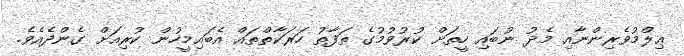
ޢިލްމުވެރިންނާއި މެދު ނުބައި ހީތަށް ކުރުވުމުގެ ތަފާތު ހަރަކާތްތައް އެބައިމީހުން ކުރިއަށް ގެންދެއެވެ.